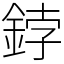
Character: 鋍